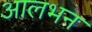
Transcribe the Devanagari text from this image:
आलभन